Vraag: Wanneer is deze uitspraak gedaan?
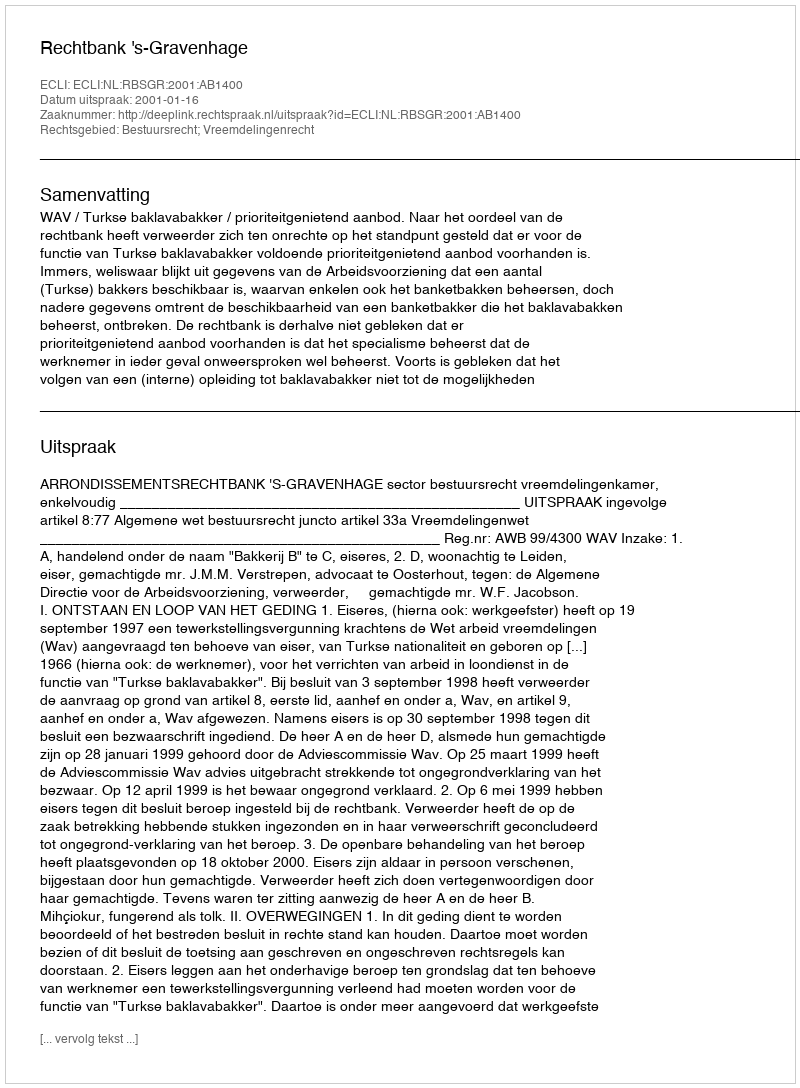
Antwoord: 2001-01-16